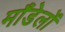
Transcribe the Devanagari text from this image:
माँडेलों